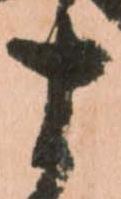
十